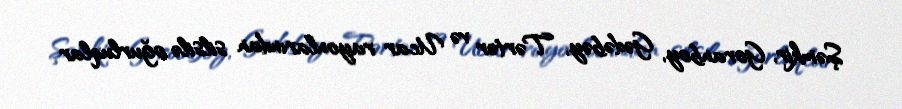
Şəmkir, Goranboy, Gədəbəy, Tərtər və Ucar rayonlarından silsilə oğurluqlar